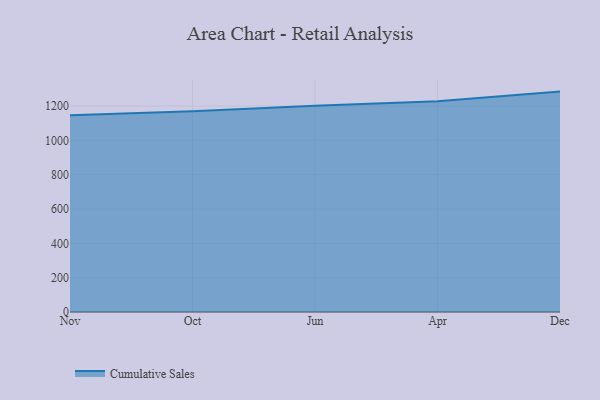
{"axis": {"x": "Month", "y": "Satisfaction Score"}, "legend": ["Cumulative Sales"], "data": [{"x": "Nov", "y": 1146.1, "type": "Cumulative Sales"}, {"x": "Oct", "y": 1169.4, "type": "Cumulative Sales"}, {"x": "Jun", "y": 1201.4, "type": "Cumulative Sales"}, {"x": "Apr", "y": 1227.5, "type": "Cumulative Sales"}, {"x": "Dec", "y": 1283.7, "type": "Cumulative Sales"}]}